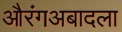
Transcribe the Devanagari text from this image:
औरंगअबादला